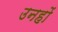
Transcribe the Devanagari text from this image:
उनहों